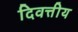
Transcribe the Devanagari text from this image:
दिवत्तीय